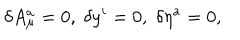
\delta A _ { \mu } ^ { a } = 0 , \; \delta y ^ { i } = 0 , \; \delta \eta ^ { a } = 0 ,